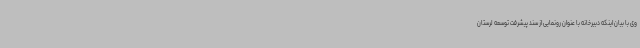
وی با بیان اینکه دبیرخانه با عنوان رونمایی از سند پیشرفت توسعه لرستان